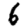
Digit: 6